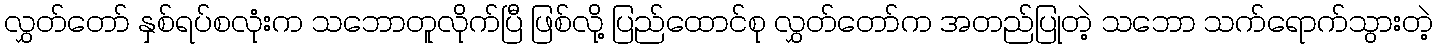
လွှတ်တော် နှစ်ရပ်စလုံးက သဘောတူလိုက်ပြီ ဖြစ်လို့ ပြည်ထောင်စု လွှတ်တော်က အတည်ပြုတဲ့ သဘော သက်ရောက်သွားတဲ့